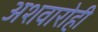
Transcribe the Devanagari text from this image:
अशवारोही